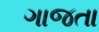
ગાજતા